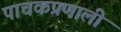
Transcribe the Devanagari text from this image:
पाचकप्रणाली